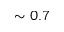
\sim 0 . 7